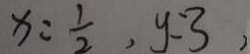
x = \frac { 1 } { 2 } , y = 3 ,